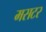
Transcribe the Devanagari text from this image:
मसटर